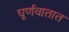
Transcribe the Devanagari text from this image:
घूर्णवातात